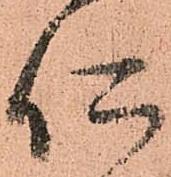
仁